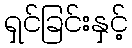
ရှင်ခြင်းနှင့်